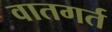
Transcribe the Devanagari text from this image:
वातगर्त